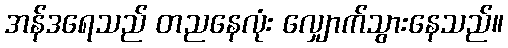
အန်ဒရေသည် တညနေလုံး လျှောက်သွားနေသည်။